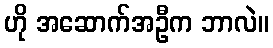
ဟို အဆောက်အဦက ဘာလဲ။